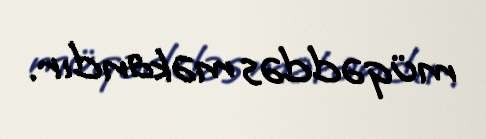
müqəddəs məkandır.